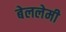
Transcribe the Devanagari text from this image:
बेललेमी